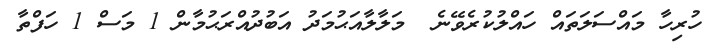
ހުރިހާ މައްސަލަތައް ހައްލުކުރެވޭނެ  މަލާލާއަޙުމަދު އަބުދުއްރަޙުމާން 1 މަސް 1 ހަފްތާ